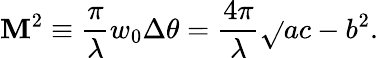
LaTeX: \mathbf{M}^{2}\equiv\frac{{\pi}}{{\lambda}}w_{0}\Delta\theta=\frac{{4\pi}}{{\lambda}}\sqrt{}{{ac-b^{2}}}.